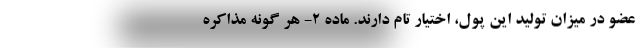
عضو در میزان تولید این پول، اختیار تام دارند. ماده ۲- هر گونه مذاکره